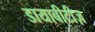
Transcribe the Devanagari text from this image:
डायाबीटीज़